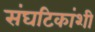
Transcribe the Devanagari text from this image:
संघटिकांशी